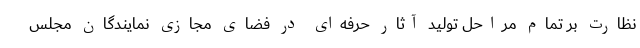
نظارت بر تمام مراحل تولید آثار حرفه‌ای در فضای مجازی نمایندگان مجلس